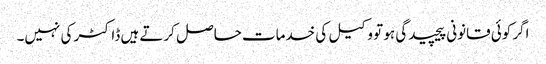
اگر کوئی قانونی پیچیدگی ہو تو وکیل کی خدمات حاصل کرتے ہیں ڈاکٹر کی نہیں۔